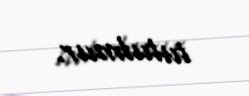
tutulmur.